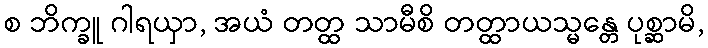
စ ဘိက္ခူ ဂါရယှာ, အယံ တတ္ထ သာမီစိ တတ္ထာယသ္မန္တေ ပုစ္ဆာမိ,